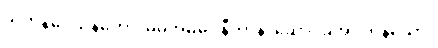
သကနိဝေသနတော၊ မိမိအိမ်မှ။ နီတာနိ၊ ဆောင်ခဲ့အပ်ကုန်သော။